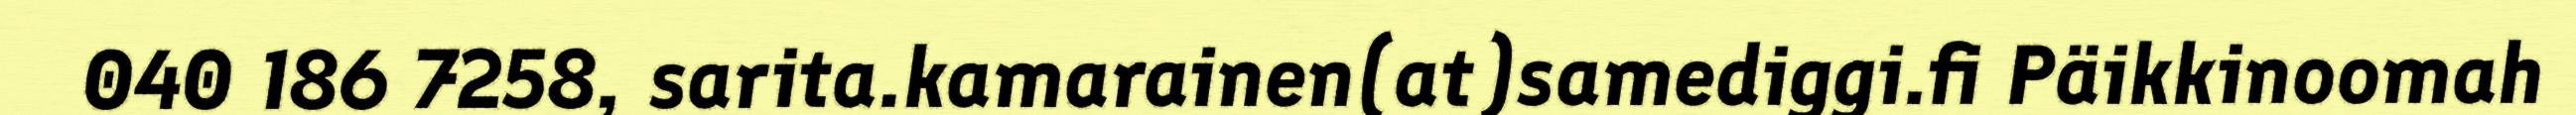
040 186 7258, sarita.kamarainen(at)samediggi.fi Päikkinoomah